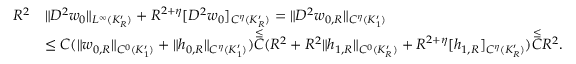
\begin{array} { r l } { R ^ { 2 } } & { \| D ^ { 2 } w _ { 0 } \| _ { L ^ { \infty } ( K _ { R } ^ { \prime } ) } + R ^ { 2 + \eta } [ D ^ { 2 } w _ { 0 } ] _ { C ^ { \eta } ( K _ { R } ^ { \prime } ) } = \| D ^ { 2 } w _ { 0 , R } \| _ { C ^ { \eta } ( K _ { 1 } ^ { \prime } ) } } \\ & { \le C ( \| w _ { 0 , R } \| _ { C ^ { 0 } ( K _ { 1 } ^ { \prime } ) } + \| h _ { 0 , R } \| _ { C ^ { \eta } ( K _ { 1 } ^ { \prime } ) } ) \overset { \le } C ( R ^ { 2 } + R ^ { 2 } \| h _ { 1 , R } \| _ { C ^ { 0 } ( K _ { R } ^ { \prime } ) } + R ^ { 2 + \eta } [ h _ { 1 , R } ] _ { C ^ { \eta } ( K _ { R } ^ { \prime } ) } ) \overset { \le } C R ^ { 2 } . } \end{array}